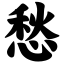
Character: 愁